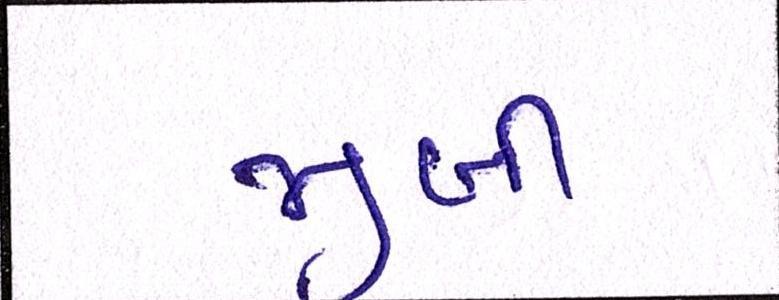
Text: જીબી